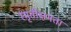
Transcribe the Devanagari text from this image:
स्मृतीक्षमता